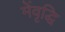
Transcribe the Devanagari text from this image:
मेंवृद्धि